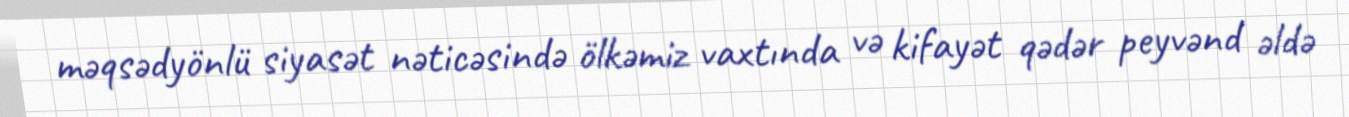
məqsədyönlü siyasət nəticəsində ölkəmiz vaxtında və kifayət qədər peyvənd əldə